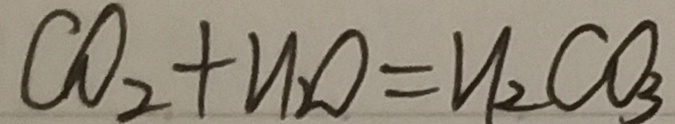
C O _ { 2 } + H _ { 2 } O = H _ { 2 } C O _ { 3 }